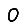
Digit: 0